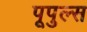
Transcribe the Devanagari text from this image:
पूपुल्स